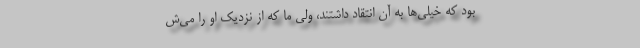
بود که خیلی‌ها به آن انتقاد داشتند، ولی ما که از نزدیک او را می‌ش